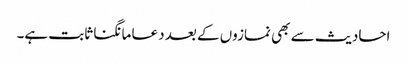
احادیث سے بھی نمازوں کے بعد دعا مانگنا ثابت ہے۔